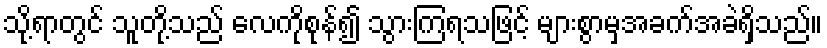
သို့ရာတွင် သူတို့သည် လေကိုစုန်၍ သွားကြရသဖြင့် များစွာမှအခက်အခဲရှိသည်။